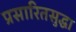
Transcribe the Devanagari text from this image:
प्रसारितसुद्धा